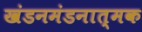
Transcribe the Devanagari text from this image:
खंडनमंडनात्मक